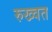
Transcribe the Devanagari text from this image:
रुख्वत